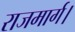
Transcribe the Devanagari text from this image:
राजमार्ग।